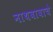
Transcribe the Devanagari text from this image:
नाथबाबाचे